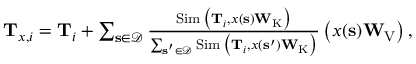
\begin{array} { r } { \mathbf { T } _ { \boldsymbol { x } , i } = \mathbf { T } _ { i } + \sum _ { \mathbf { s } \in \mathcal { D } } \frac { \operatorname { S i m } \big ( \mathbf { T } _ { i } , \boldsymbol { x } ( \mathbf { s } ) \mathbf { W } _ { \mathrm { K } } \big ) } { \sum _ { \mathbf { s ^ { \prime } } \in \mathcal { D } } \operatorname { S i m } \big ( \mathbf { T } _ { i } , \boldsymbol { x } ( \mathbf { s ^ { \prime } } ) \mathbf { W } _ { \mathrm { K } } \big ) } \left( \boldsymbol { x } ( \mathbf { s } ) \mathbf { W } _ { \mathrm { V } } \right) , } \end{array}